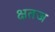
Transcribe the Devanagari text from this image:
क्षतज